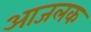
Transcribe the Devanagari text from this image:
आजलक